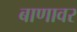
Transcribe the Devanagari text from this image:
बाणावर